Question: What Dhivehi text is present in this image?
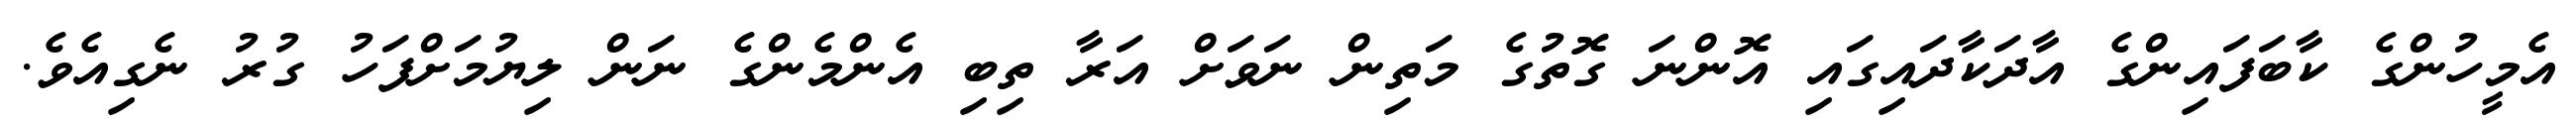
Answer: އެމީހުންގެ ކާބަފައިންގެ އާދަކާދައިގައި އޮންނަ ގޮތުގެ މަތިން ނަވަށް އަރާ ތިބި އެންމެންގެ ނަން ލިޔުމަށްފަހު ގުރު ނެގިއެވެ.